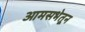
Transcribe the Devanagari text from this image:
आमसभेतून